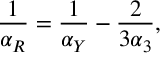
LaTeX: \frac { 1 } { \alpha _ { R } } = \frac { 1 } { \alpha _ { Y } } - \frac { 2 } { 3 \alpha _ { 3 } } ,